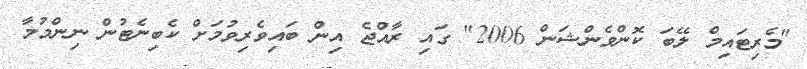
"މެރިޓައިމް ލޭބަ ކޮންވެންޝަން 2006" ގައި ރާއްޖެ އިން ބައިވެރިވުމަށް ކެބިނެޓުން ނިންމުމާ